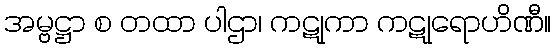
အမ္ဗဋ္ဌာ စ တထာ ပါဌာ၊ ကဋုကာ ကဋုရောဟိဏီ။